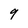
Character: 9